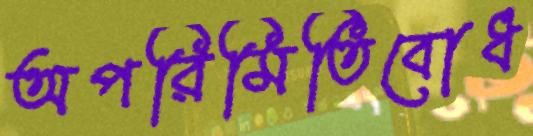
অপরিমিতিবোধ